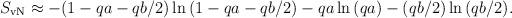
LaTeX: \begin{align*}S_{\rm vN} \approx -(1-qa-qb/2)\ln{(1-qa-qb/2)}-qa\ln{(qa)}-(qb/2)\ln{(qb/2)}. \end{align*}